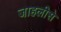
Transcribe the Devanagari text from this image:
जाहलीसे